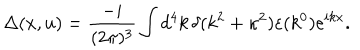
\Delta ( x , u ) = \frac { - i } { ( 2 \pi ) ^ { 3 } } \int d ^ { 4 } k \, \delta ( k ^ { 2 } + \kappa ^ { 2 } ) \varepsilon ( k ^ { 0 } ) e ^ { i k x } .